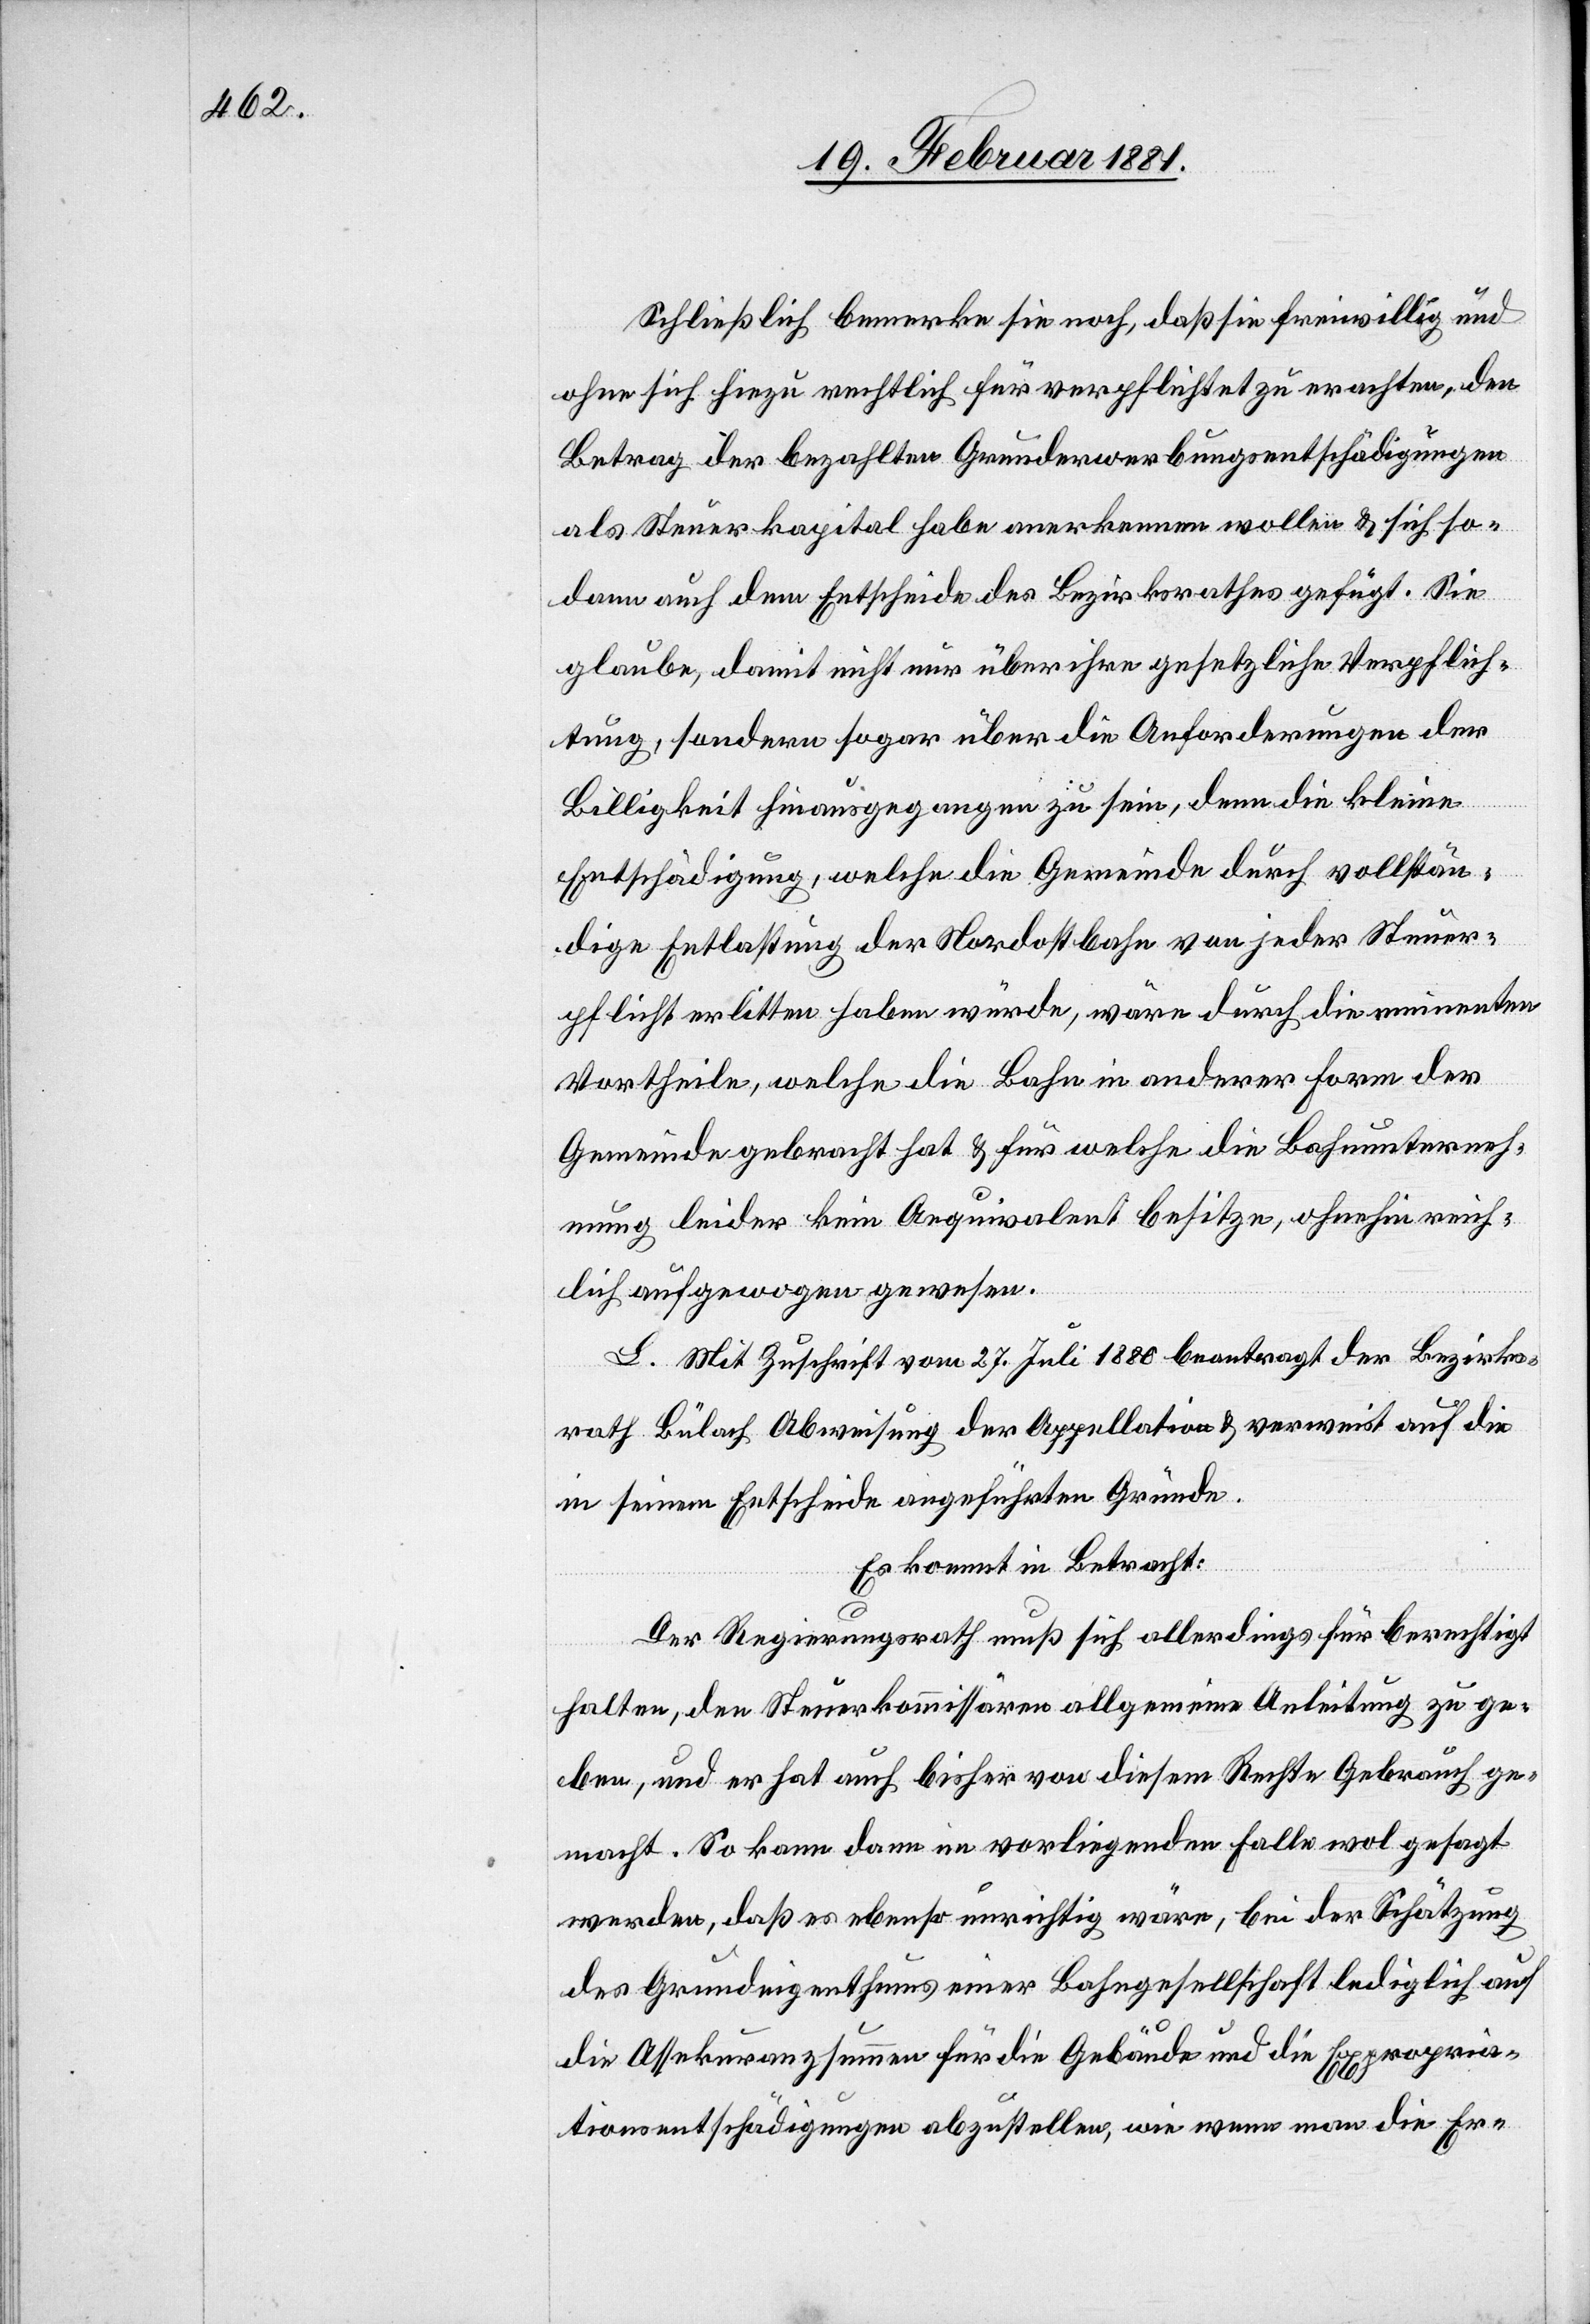
Schließlich bemerke sie noch, daß sie freiwillig und
ohne sich hiezu rechtlich für verpflichtet zu erachten, den
Betrag der bezahlten Grunderwerbungsentschädigungen
als Steuerkapital habe anerkennen wollen & sich so¬
dann auch dem Entscheide des Bezirksrathes gefügt. Sie
glaube, damit nicht nur über ihre gesetzliche Verpflich¬
tung, sondern sogar über die Anforderungen der
Billigkeit hinausgegangen zu sein, denn die kleine
Entschädigung, welche die Gemeinde durch vollstän¬
dige Entlastung der Nordostbahn von jeder Steuer¬
pflicht erlitten haben würde, wäre durch die renitenten
Vortheile, welche die Bahn in anderer Form der
Gemeinde gebracht hat & für welche die Bahnunterneh¬
mung leider kein Aequivalent besitze, ohnehin reich¬
lich aufgewogen gewesen.
L. Mit Zuschrift vom 27. Juli 1880 beantragt der Bezirks¬
rath Bülach Abweisung der Appellation & verweist auf die
in seinem Entscheide angeführten Gründe.
Es kommt in Betracht:
Der Regierungsrath muß sich allerdings für berechtigt
halten, den Steuerkommissären allgemeine Anleitung zu ge¬
ben, und er hat auch bisher von diesem Rechte Gebrauch ge¬
macht. So kann dann im vorliegenden Falle wol gesagt
werden, daß es ebenso unrichtig wäre, bei der Schätzung
des Grundeigenthums einer Bahngesellschaft lediglich auf
die Assekuranzsummen für die Gebäude und die Expropria¬
tionsentschädigungen abzustellen, wie wenn man die Er-